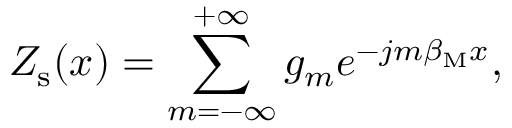
Z _ { \mathrm { s } } ( x ) = \sum _ { m = - \infty } ^ { + \infty } g _ { m } e ^ { - j m \beta _ { \mathrm { M } } x } ,